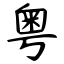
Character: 粤